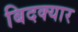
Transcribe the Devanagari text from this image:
बिदक्यार